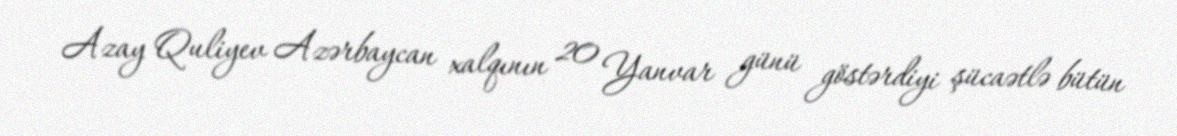
Azay Quliyev Azərbaycan xalqının 20 Yanvar günü göstərdiyi şücaətlə bütün